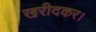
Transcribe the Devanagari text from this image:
खरीदकर।